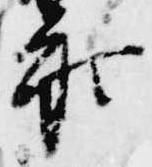
参